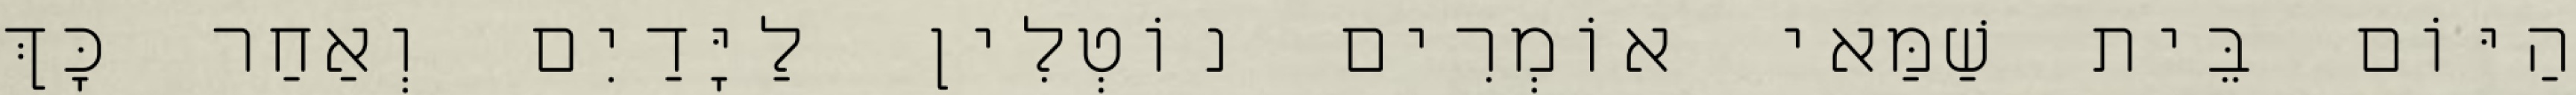
הַיּוֹם בֵּית שַׁמַּאי אוֹמְרִים נוֹטְלִין לַיָּדַיִם וְאַחַר כָּךְ